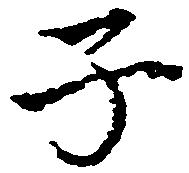
子